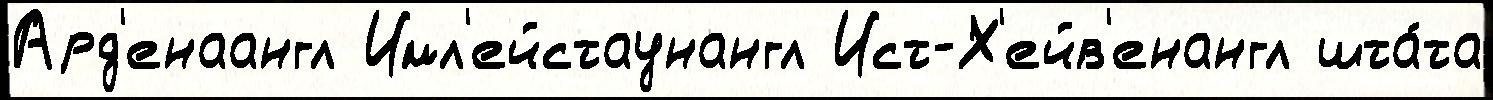
Ард'енаангл Имл'ейстаунангл Ист-Х'ейв'енангл шта́та